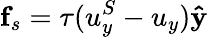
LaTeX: \mathbf{f}_{s}=\tau(u_{y}^{S}-u_{y})\mathbf{\hat{y}}